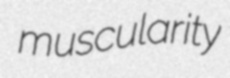
muscularity